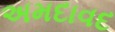
અમદાવદ